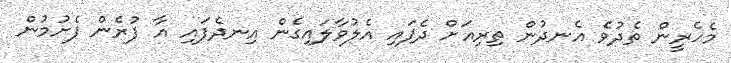
މެހެރީން ތެދުވެ އެނދުން ތިރިއަށް ދެފައި އެލުވާލައިގެން އިނދެފައި އާ ފުރެން ފެށުމުން